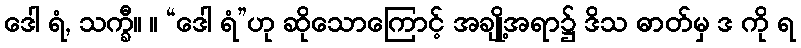
ဒေါ ရံ, သက္ခီ။ ။ “ဒေါ ရံ”ဟု ဆိုသောကြောင့် အချို့အရာ၌ ဒိသ ဓာတ်မှ ဒ ကို ရ